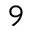
_ { 9 }